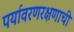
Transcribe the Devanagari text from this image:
पर्यावरणरक्षणाची